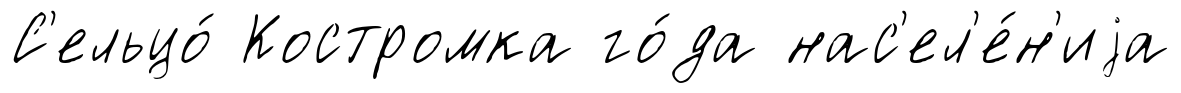
С'ельцо́ Костромка го́да нас'ел'е́н'иjа